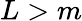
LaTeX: L>m